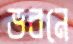
ভবনে